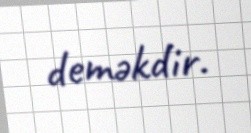
deməkdir.